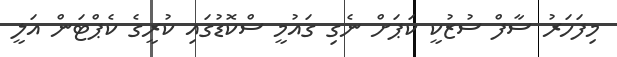
މިފަހަރު ސާފް ސުޒުކީ ކަޕަށް ނެގި ގައުމީ ސްކޮޑުގައި ކުރީގެ ކެޕްޓަން އަލީ